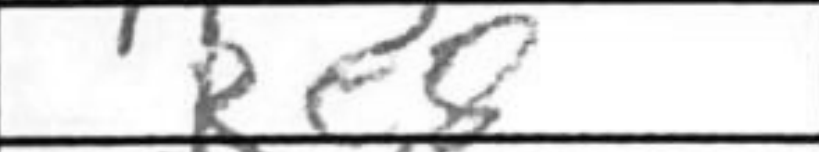
Transcription: Re8